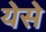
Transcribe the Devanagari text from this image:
येसे